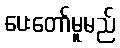
ပေးတော်မူမည်